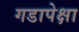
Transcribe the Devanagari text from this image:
गडापेक्षा